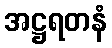
အဋ္ဌရတနံ